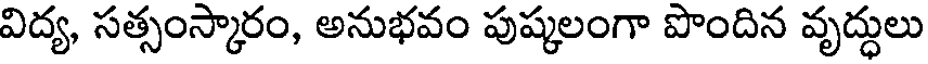
విద్య, సత్సంస్కారం, అనుభవం పుష్కలంగా పొందిన వృద్ధులు